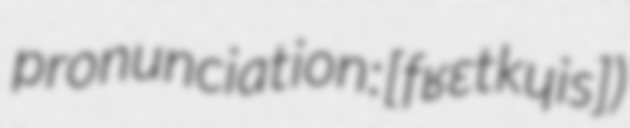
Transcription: pronunciation: ​[fʁɛtkɥis])